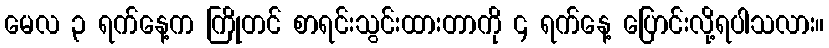
မေလ ၃ ရက်နေ့က ကြိုတင် စာရင်းသွင်းထားတာကို ၄ ရက်နေ့ ပြောင်းလို့ရပါသလား။